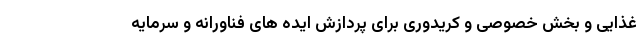
غذایی و بخش خصوصی و کریدوری برای پردازش ایده های فناورانه و سرمایه